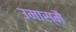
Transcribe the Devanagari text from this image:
उमास्मै